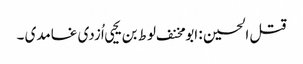
قتل الحسین : ابو مخنف لوط بن یحیی اُزدی غامدی ۔